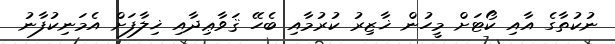
ނުކުތާގެ އާއި ކޯޓަށް މީހުން ޚާޒިރު ކުރުމާއި ބެހޭ ޤަވާޢިދާއި ޚިލާފަށް އެމަނިކުފާނު